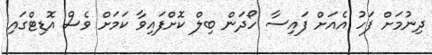
ދިނުމަށް ފަހު އެއަށް ފައިސާ ހޯދަން ބިލް ކޮށްފައިވާ ކަމަށް ވެސް އޮޑިޓްގައި